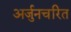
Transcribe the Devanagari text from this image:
अर्जुनचरित